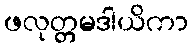
ဖလုတ္တမဒါယိကာ